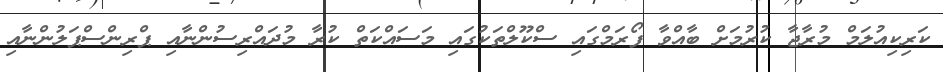
ކަރިކިއުލަމް މުރާޖާ ކުރުމަށް ބާއްވާ ފޯރަމްގައި ސްކޫލްތަކުގައި މަސައްކަތް ކުރާ މުދައްރިސުންނާއި ޕްރިންސްޕަލުންނާއި